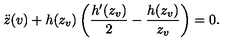
\ddot { z } ( v ) + h ( z _ { v } ) \left( { \frac { h ^ { \prime } ( z _ { v } ) } { 2 } } - { \frac { h ( z _ { v } ) } { z _ { v } } } \right) = 0 .